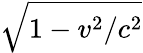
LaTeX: \sqrt{1-v^{2}/c^{2}}